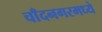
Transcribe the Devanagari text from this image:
चाँदनगरमध्ये